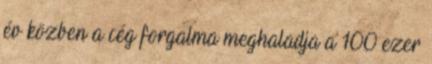
év közben a cég forgalma meghaladja a 100 ezer